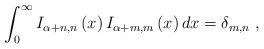
LaTeX: \begin{align*}\int_{0}^{\infty }I_{\alpha +n,n}\left( x\right) I_{\alpha +m,m}\left(x\right) dx=\delta _{m,n}\;, \end{align*}